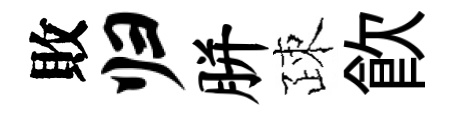
敗归胼疎飮